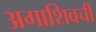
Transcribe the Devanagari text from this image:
अगाशिवची